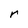
Character: r